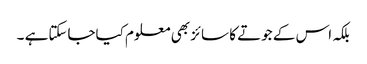
بلکہ اس کے جوتے کا سائز بھی معلوم کیاجاسکتاہے ۔